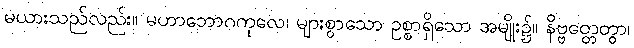
မယားသည်လည်း။ မဟာဘောဂကုလေ၊ များစွာသော ဥစ္စာရှိသော အမျိုး၌။ နိဗ္ဗတ္တေတွာ၊